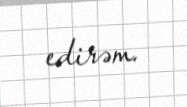
edirəm.